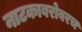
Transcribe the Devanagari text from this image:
नाटकाबरोबरच